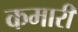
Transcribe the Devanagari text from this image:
कमारी